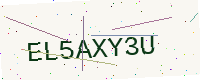
Text: EL5AXY3U